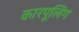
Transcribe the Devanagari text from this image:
कारपूलिंग